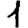
Digit: 1